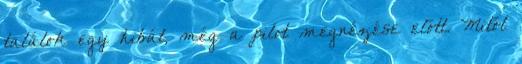
találok egy hibát, még a pilot megnézése előtt. Mitől